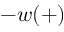
- w ( + )